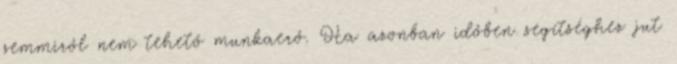
semmiről nem tehető munkaerő. Ha azonban időben segítséghez jut